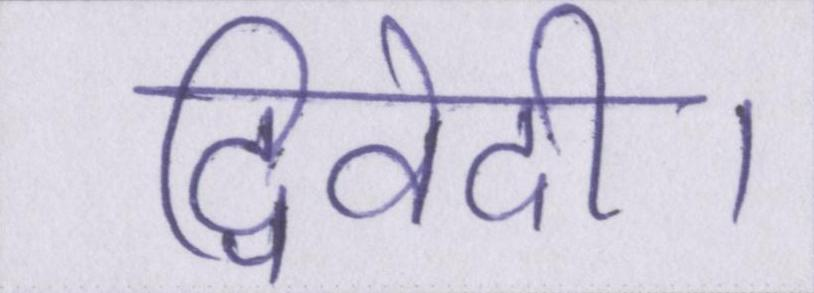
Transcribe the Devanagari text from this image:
द्विवेदी।